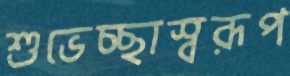
শুভেচ্ছাস্বরূপ